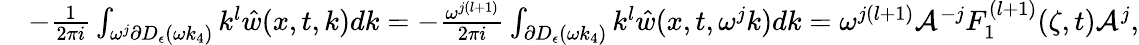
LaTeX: \begin{array}{rl}&{-\frac{1}{2\pi i}\int_{\omega^{j}\partial D_{\epsilon}(\omega k_{4})}k^{l}\hat{w}(x,t,k)dk=-\frac{\omega^{j(l+1)}}{2\pi i}\int_{\partial D_{\epsilon}(\omega k_{4})}k^{l}\hat{w}(x,t,\omega^{j}k)dk=\omega^{j(l+1)}\mathcal{A}^{-j}F_{1}^{(l+1)}(\zeta,t)\mathcal{A}^{j},}\end{array}